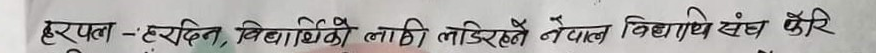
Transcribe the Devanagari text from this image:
हरपल - हरेदित विधाथिको लागि लडिरहनै नेपाल विधाथिये संघ फेरि